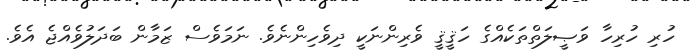
ހުރި ހުރިހާ ވަޞީލަތްތަކެއްގެ ހަޤީޤީ ވެރިންނަކީ ދިވެހިންނެވެ. ނަމަވެސް ޒަމާން ބަދަލުވެއްޖެ އެވެ.